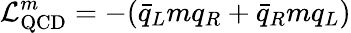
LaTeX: {\cal L}_{\mathrm{QCD}}^{m}=-(\bar{q}_{L}mq_{R}+\bar{q}_{R}mq_{L})